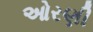
ઓરણી